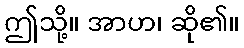
ဤသို့။ အာဟ၊ ဆို၏။